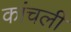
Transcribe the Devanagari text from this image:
कांचली